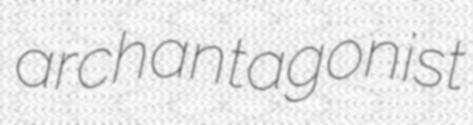
archantagonist